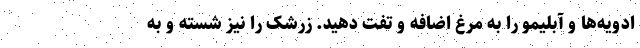
ادویه‌ها و آبلیمو را به مرغ اضافه و تفت دهید. زرشک را نیز شسته و به